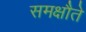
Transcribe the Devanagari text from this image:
समक्षौते